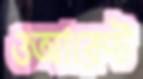
ওআরেণ্ট